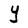
Character: Y